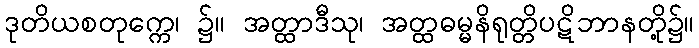
ဒုတိယစတုက္ကေ၊ ၌။ အတ္ထာဒီသု၊ အတ္ထဓမ္မနိရုတ္တိပဋိဘာနတို့၌။